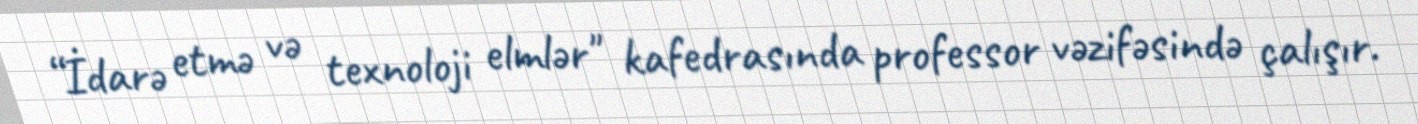
“İdarə etmə və texnoloji elmlər" kafedrasında professor vəzifəsində çalışır.